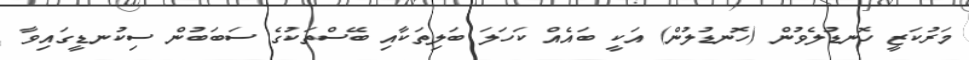
މަރުކަޒީ ހޮނޑުލެވުން (ހޮނޑުލުން) އަކީ ބައެއް ކަހަލަ ބަލިތަކާއި ބޭސްތަކުގެ ސަބަބުން ސިކުނޑީގައިވާ